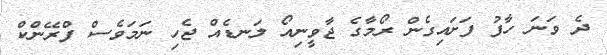
ދެ ވަނަ ހާފު ފަށައިގެން ރޯމާގެ ޖާވީނިއޯ ލަނޑެއް ޖެހި ނަމަވެސް ފްރޭންކް